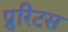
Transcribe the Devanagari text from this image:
प्रुरिटस